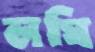
লঘি